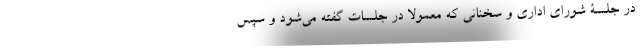
در جلسۀ شورای اداری و سخنانی که معمولا در جلسات گفته می‌شود و سپس